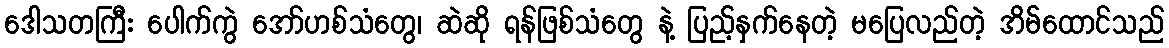
ဒေါသတကြီး ပေါက်ကွဲ အော်ဟစ်သံတွေ၊ ဆဲဆို ရန်ဖြစ်သံတွေ နဲ့ ပြည့်နှက်နေတဲ့ မပြေလည်တဲ့ အိမ်ထောင်သည်